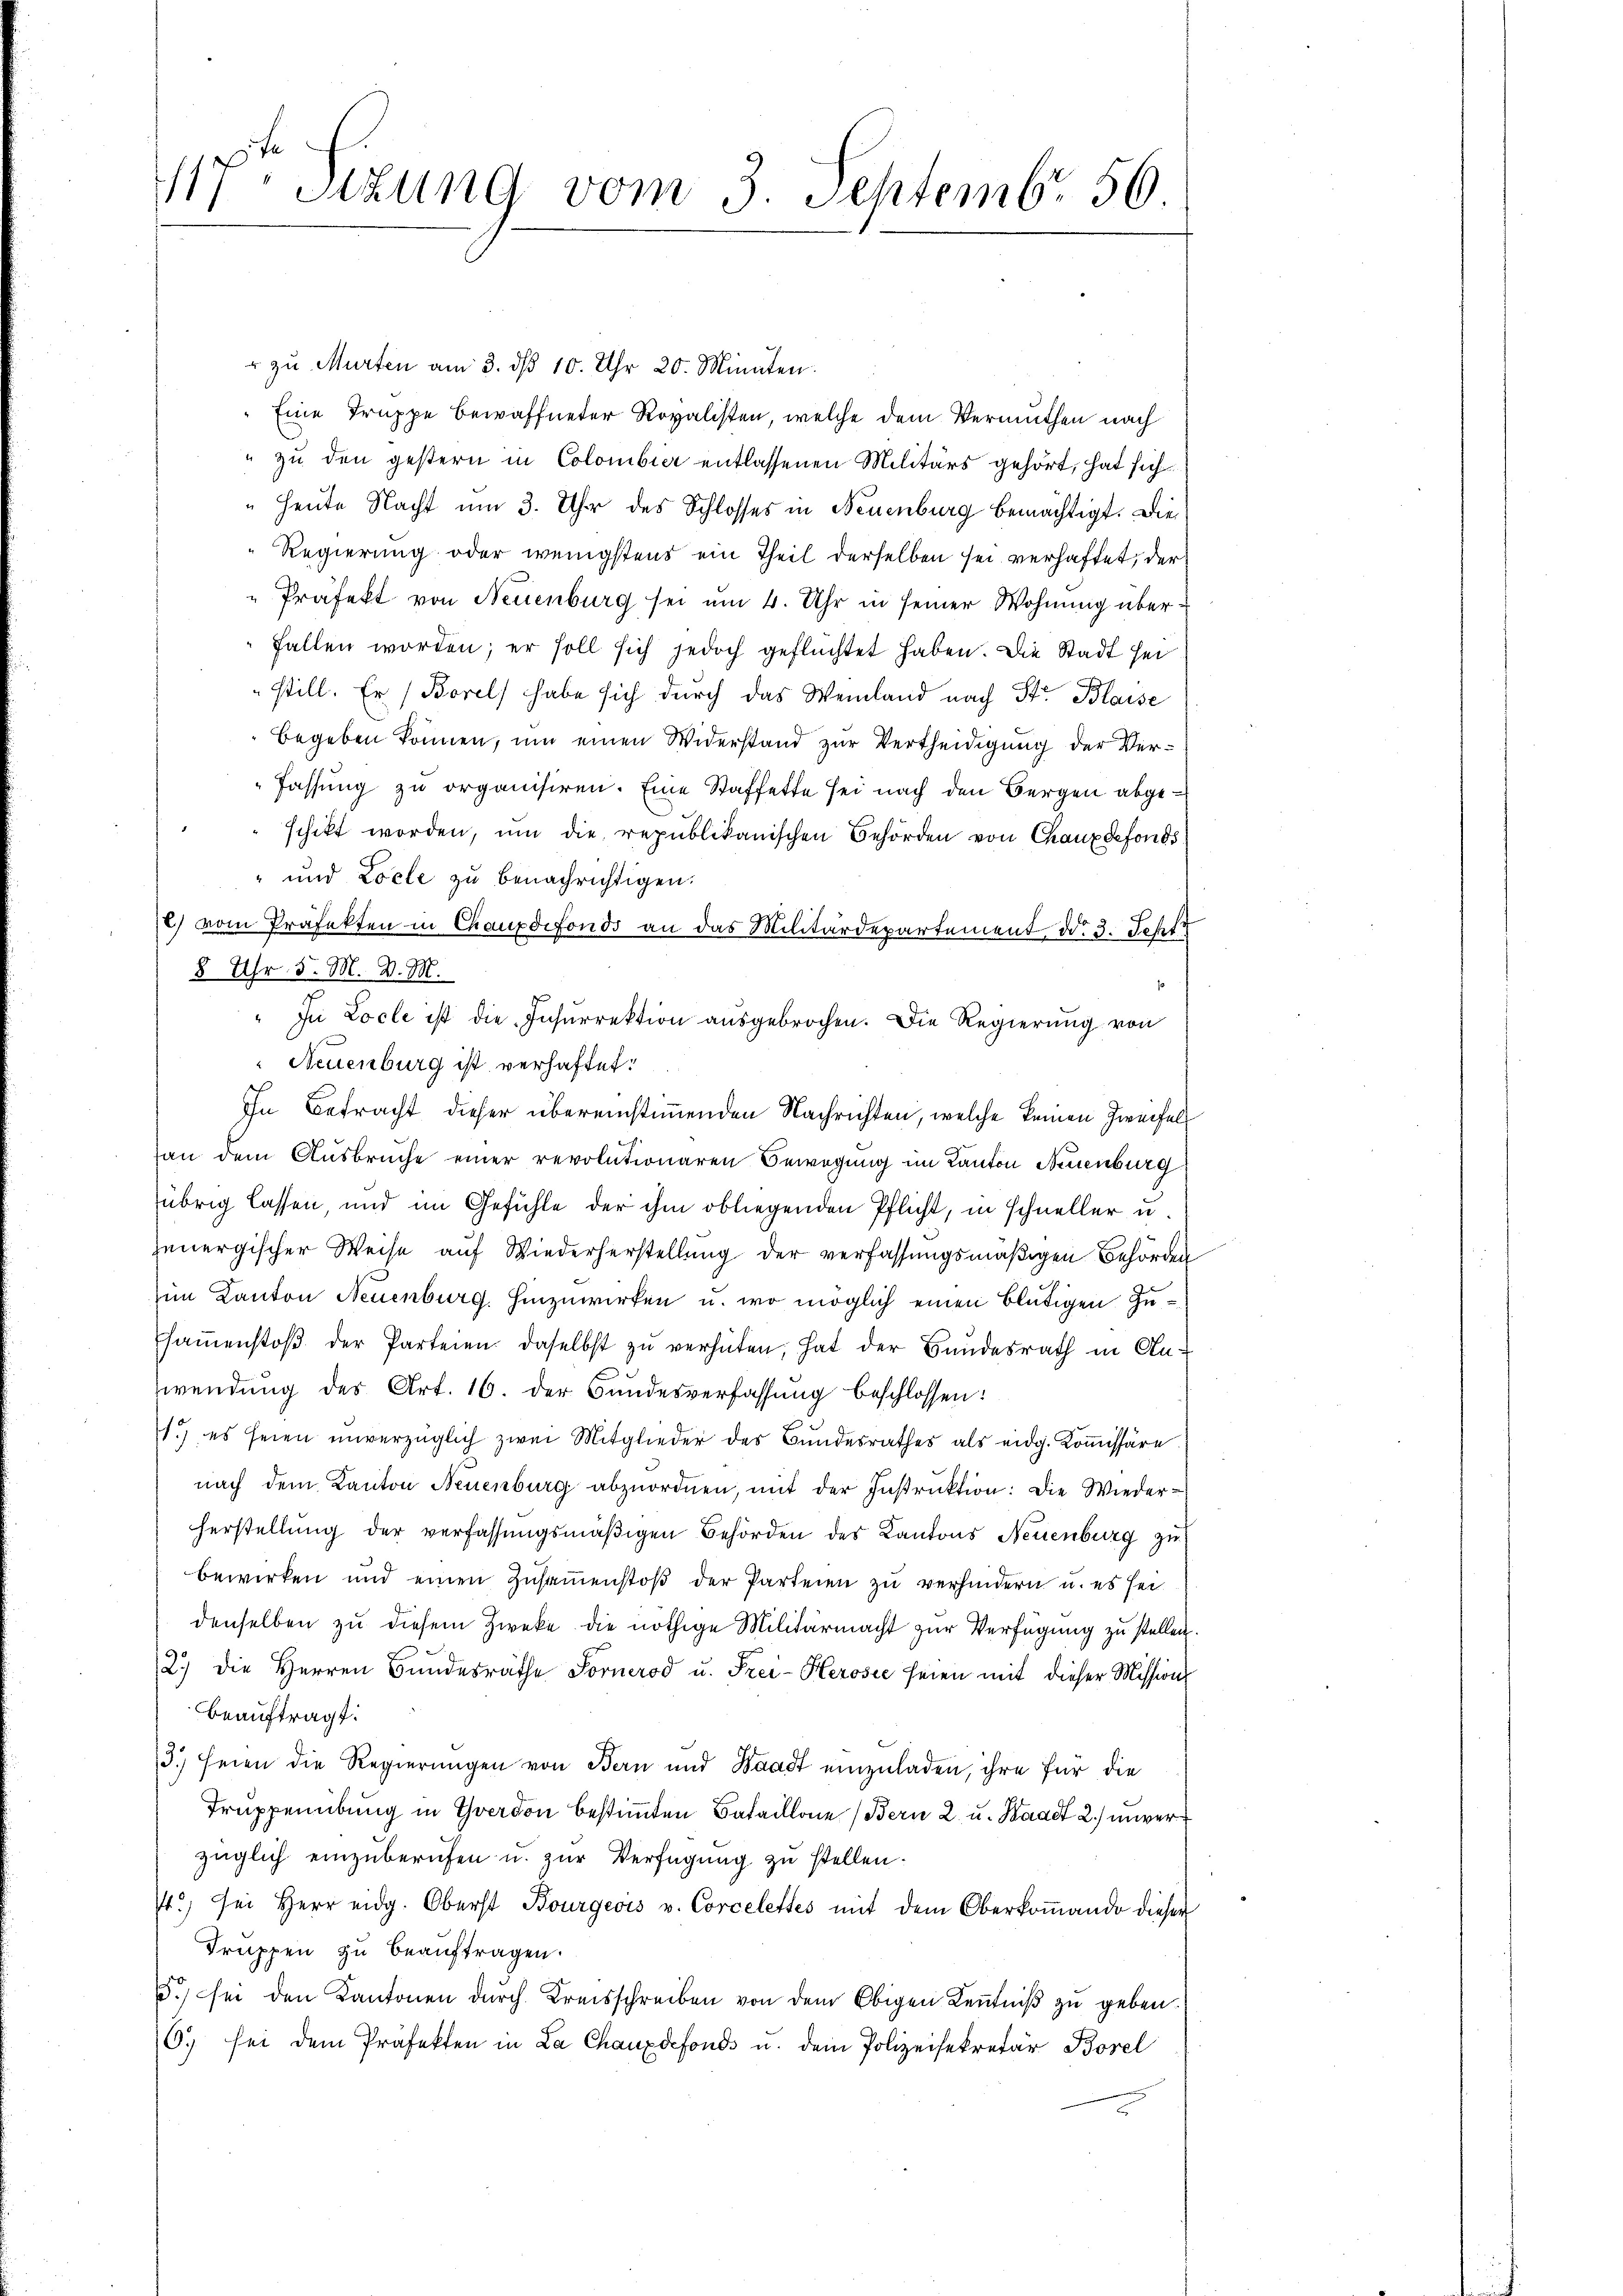
" zu Murten am 3. ds 10. Uhr 20. Minuten.
Eine Truppe bewaffneter Revalisten, welche dem Vermuthen nach
" zu den gestern in Colombier entlassenen Militärs gehört, hat sich
Heute Nacht um 3. Uhr des Schlosses in Neuenburg bemächtigt. Die
Regierung oder wenigstens ein Theil derselben sei verhaftet, der
"Präfekt von Neuenburg sei um 4. Uhr in seiner Wohnung überfallen worden; er soll sich jedoch geflüchtet haben. Die Stadt sei
still. Er (Borel habe sich durch das Weinland nach Str. Blaise
begeben können, um einen Widerstand zur Vertheidigung der Ver¬
Fassung zu organisiren. Eine Staffette sei nach den Bergen abgeschikt worden, um die republikanischen Behörden von Chaux defonds
" und Loele zu benachrichtigen.
2) vom Präfekten in Chauxdefonds an das Militärdepartement ddo 3. Sept
8 Uhr 5. M. v. M.
" In Locle ist die Insurrektion ausgebrochen. Die Regierung von
Neuenburg ist verhaftet:
In Betracht dieser übereinstimmenden Nachrichten, welche keinen Zweifelan dem Ausbruche einer revolutionaren Bewegung im Kanton Neuenburg
übrig lassen, und im Gefühle der ihm obliegenden Pflicht, in schneller u.
jenergischer Weise auf Wiederherstellung der verfassungsmäßigen Behörden
im Kanton Neuenburg, hinzuwirken u. wo möglich einen blütigen Zusaṁenstoβ der Parteien daselbst zŭ verhüten, hat der Bundesrath in An-
wendung des Art. 16. der Bundesverfassung beschlossen:
1.) es seien unverzüglich zwei Mitglieder des Bŭndesrathes als eidg. Koṁissäre
nach dem Kanton Neuenburg abzuordnen, mit der Instruktion: Die Wiederherstellung der verfassungsmäßigen Behörden des Kantons Neuenburg zu
bewirken und einen Zŭsaṁenstoß der Parteien zu verhindern u. es sei
denselben zu diesem Zwecke die nöthige Militärmacht zur Verfügung zu stellen.
2.) die Herren Bŭndesräthe Fornerod u. Frei-Herosee seien mit dieser Mission
beauftragt:
3.) seien die Regierungen von Bern und Waadt einzuladen, ihre für die
Truppenübung in Yverdon bestimmten Bataillone (Bern 2. u. Baad 2.) unverzüglich einzuberufen u. zur Verfügung zu stellen.
st.) sei Herr eidg. Oberst Bourgeois v. Corcelettes mit dem Oberkoṁando dieser
Truppen zu beauftragen.
5.) sei den Kantonen dŭrch Kreisschreiben von dem Obigen Keṅtniβ zŭ geben.
6. sei dem Präfekten in La Chauxdefonds u. dem Polizeisekretär Borel

117. Sitzung vom 3. Septemb. 56